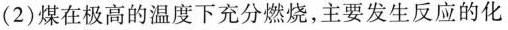
(2)煤在极高的温度下充分燃烧，主要发生反应的化